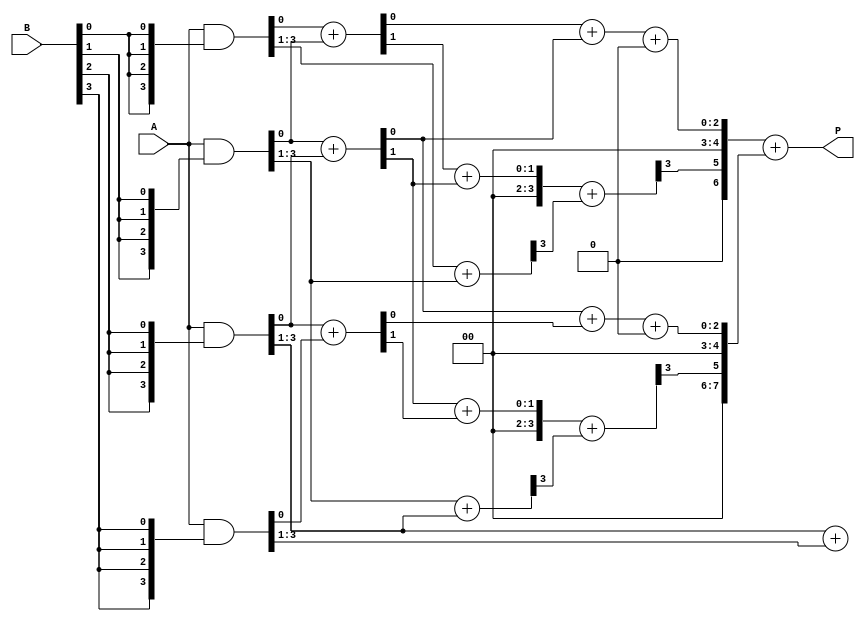
module wallace_tree_multiplier #(parameter N = 4) (
    input  [N-1:0] A,
    input  [N-1:0] B,
    output [2*N-1:0] P
);

    // Partial product generation
    wire [N-1:0] pp [0:N-1]; // Partial products
    genvar i, j;
    generate
        for (i = 0; i < N; i = i + 1) begin : pp_gen
            assign pp[i] = A & {N{B[i]}};
        end
    endgenerate

    // Intermediate wires for Wallace tree reduction
    wire [N-1:0] sum1 [0:N-1]; // Sums at level 1
    wire [N-1:0] carry1 [0:N-1]; // Carries at level 1
    wire [N-1:0] sum2 [0:N-1]; // Sums at level 2
    wire [N-1:0] carry2 [0:N-1]; // Carries at level 2

    // Wallace tree reduction
    // Level 1: Combine partial products using half adders and full adders
    generate
        for (i = 0; i < N; i = i + 1) begin : level1
            if (i < N-1) begin
                // Half adder for pairs of partial products
                assign {carry1[i][0], sum1[i]} = pp[i][0] + pp[i+1][0];
                assign {carry1[i][1], sum1[i][1:N-1]} = pp[i][1:N-1] + pp[i+1][1:N-1];
            end else begin
                assign sum1[i] = pp[i];
                assign carry1[i] = 0;
            end
        end
    endgenerate

    // Level 2: Combine results from level 1
    generate
        for (i = 0; i < N; i = i + 1) begin : level2
            if (i < N-2) begin
                // Full adder for three inputs
                assign {carry2[i][0], sum2[i]} = sum1[i][0] + sum1[i+1][0] + carry1[i][0];
                assign {carry2[i][1], sum2[i][1:N-1]} = sum1[i][1:N-1] + sum1[i+1][1:N-1] + carry1[i][1];
            end else begin
                assign sum2[i] = sum1[i];
                assign carry2[i] = carry1[i];
            end
        end
    endgenerate

    // Final addition
    wire [2*N-1:0] final_sum;
    wire [2*N-1:0] final_carry;

    assign final_sum = {carry2[0], sum2[0]} + {carry2[1], sum2[1]};

    // Output the final product
    assign P = final_sum;

endmodule